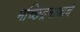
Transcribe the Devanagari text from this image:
मच्छिंद्रनाथाचे